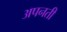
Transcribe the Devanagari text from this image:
अपनती